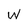
Character: W